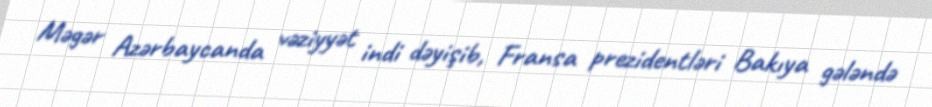
Məgər Azərbaycanda vəziyyət indi dəyişib, Fransa prezidentləri Bakıya gələndə